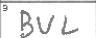
Transcription: BUL